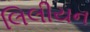
લિલીયન